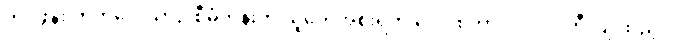
တိုင်ဖွန်း တိုက်လေယာဉ် စီမံကိန်းကို ယူကေအစိုးရက ပေါင်စတာလင် ၁၂ ဘီလျံ ထည့်ဝင်